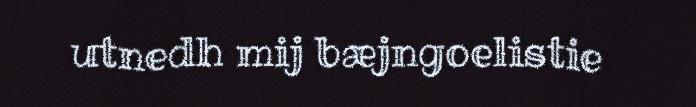
utnedh mij bæjngoelistie